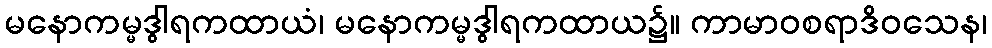
မနောကမ္မဒွါရကထာယံ၊ မနောကမ္မဒွါရကထာယ၌။ ကာမာဝစရာဒိဝသေန၊